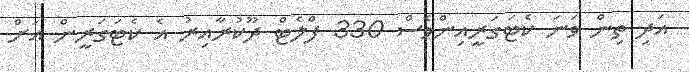
އަދި ތިން ވަނަ ކެޓަގަރީއިންވެސް 330 ފްލެޓް ދޫކުރާއިރު އެ ކެޓަގަރީން އަށް